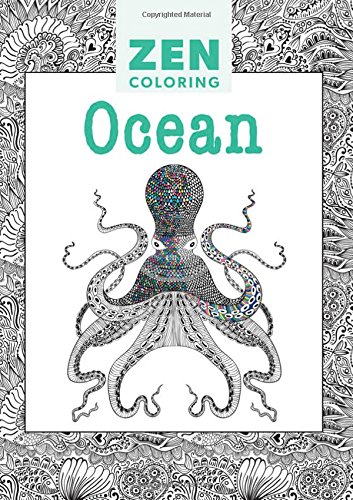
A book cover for Zen Coloring - Ocean; Editors of GMC; Arts & Photography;